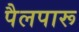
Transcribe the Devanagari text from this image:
पैलपारू